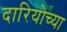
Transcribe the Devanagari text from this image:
दारियोच्या